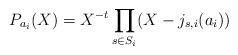
LaTeX: \begin{align*}P_{a_i}(X) = X^{-t} \prod_{s\in S_i}(X - j_{s,i}(a_i))\end{align*}